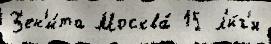
З'ен'и́та Москва́ 15 л'и́г'и